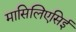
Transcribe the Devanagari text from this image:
मासिलिएसिई